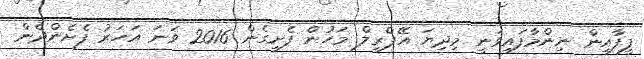
ފީފާއިން ނިންމާފައިވަނީ މިދިޔަ އޭޕްރީލް މަހުން ފެށިގެން 2016 ވަނަ އަހަރު ފެށެންދެން